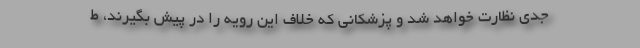
جدی نظارت خواهد شد و پزشکانی که خلاف این رویه را در پیش بگیرند، ط